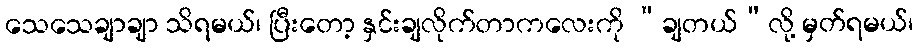
သေသေချာချာ သိရမယ်၊ ပြီးတော့ နှင်းချလိုက်တာကလေးကို “ချတယ်”လို့ မှတ်ရမယ်၊